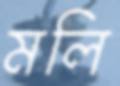
মলি